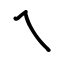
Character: ㇝